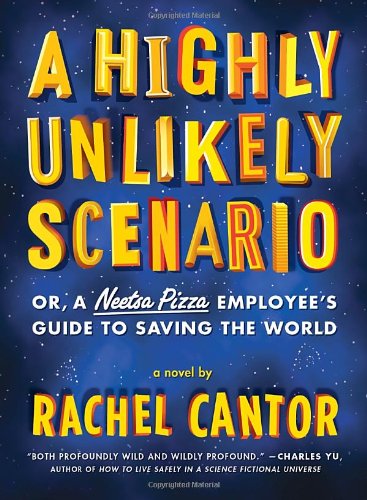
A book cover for A Highly Unlikely Scenario, or a Neetsa Pizza Employee's Guide to Saving the World; Rachel Cantor; Humor & Entertainment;